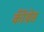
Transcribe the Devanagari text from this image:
कॉँंग्रेस